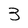
Character: 3